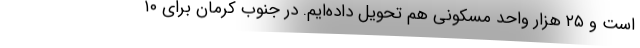
است و ۲۵ هزار واحد مسکونی هم تحویل داده‌ایم. در جنوب کرمان برای ۱۰